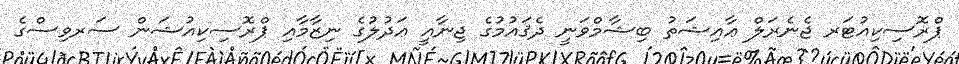
ޕްރޮސިކިއުޓަރ ޖެނެރަލް ޢާއިޝަތު ބިޝާމްވަނީ ދެޤައުމުގެ ޖިނާއީ ޢަދުލުގެ ނިޒާމާއި ޕްރޮސިކިއުޝަން ސަރވިސްގެ